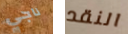
ناجي النقد